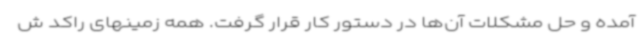
آمده و حل مشکلات آن‌ها در دستور کار قرار گرفت. همه زمینهای راکد ش